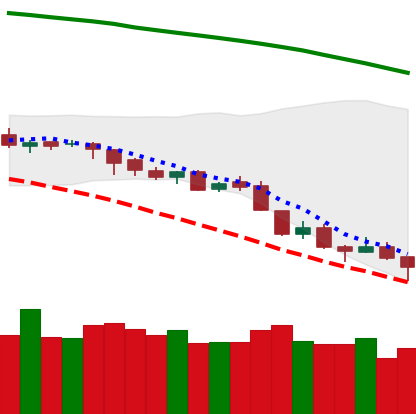
Ticker: LTC-USD
Chart end date: 2018-08-14
Forward return: 6.194%
Label: up_5_7